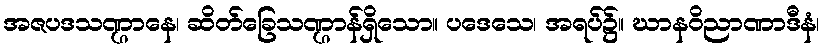
အဇပဒသဏ္ဌာနေ၊ ဆိတ်ခြေသဏ္ဌာန်ရှိသော။ ပဒေသေ၊ အရပ်၌။ ဃာနဝိညာဏာဒီနံ၊